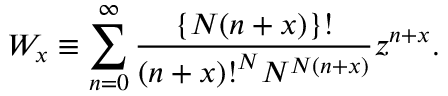
W _ { x } \equiv \sum _ { n = 0 } ^ { \infty } \frac { \{ N ( n + x ) \} ! } { { ( n + x ) ! } ^ { N } N ^ { N ( n + x ) } } z ^ { n + x } .